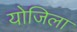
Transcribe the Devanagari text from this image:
योजिला